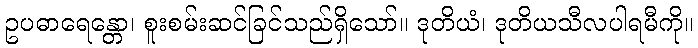
ဥပဓာရေန္တော၊ စူးစမ်းဆင်ခြင်သည်ရှိသော်။ ဒုတိယံ၊ ဒုတိယသီလပါရမီကို။